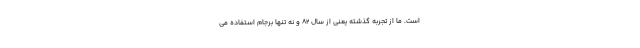
است. ما از تجربه گذشته یعنی از سال ۸۲ و نه‌ تنها برجام استفاده می